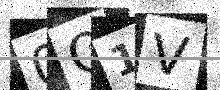
Text: 0O1V